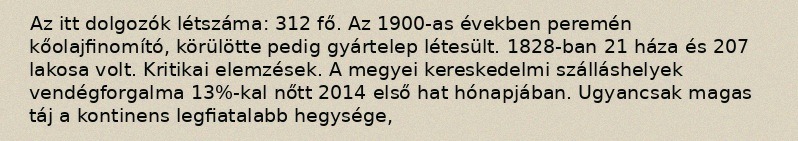
Az itt dolgozók létszáma: 312 fő. Az 1900-as években peremén kőolajfinomító, körülötte pedig gyártelep létesült. 1828-ban 21 háza és 207 lakosa volt. Kritikai elemzések. A megyei kereskedelmi szálláshelyek vendégforgalma 13%-kal nőtt 2014 első hat hónapjában. Ugyancsak magas táj a kontinens legfiatalabb hegysége,